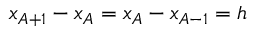
x _ { A + 1 } - x _ { A } = x _ { A } - x _ { A - 1 } = h